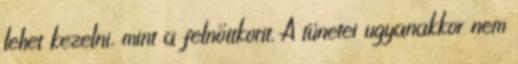
lehet kezelni, mint a felnőttkorit. A tünetei ugyanakkor nem